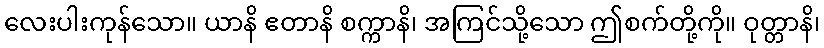
လေးပါးကုန်သော။ ယာနိ ဧတာနိ စက္ကာနိ၊ အကြင်သို့သော ဤစက်တို့ကို။ ဝုတ္တာနိ၊